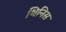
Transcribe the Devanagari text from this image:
थिनिस